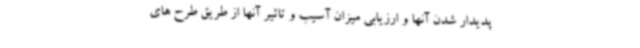
پدیدار شدن آنها و ارزیابی میزان آسیب و تاثیر آنها از طریق طرح های